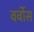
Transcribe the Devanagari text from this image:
वर्बोस